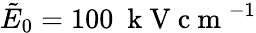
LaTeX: \tilde{E}_{0}=100~\mathrm{~k~V~c~m~}^{-1}